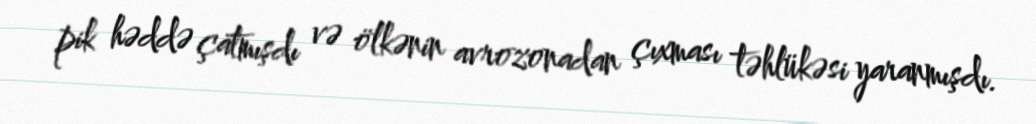
pik həddə çatmışdı və ölkənin avrozonadan çıxması təhlükəsi yaranmışdı.